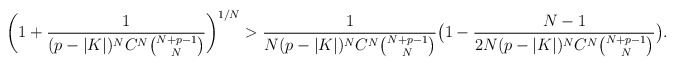
\begin{align*}\bigg(1+ \frac{1}{(p-|K|)^NC^N\binom{N+p-1}{N}}\bigg)^{1/N}>\frac{1}{N(p-|K|)^NC^N\binom{N+p-1}{N}}\big(1-\frac{N-1}{2N (p-|K|)^NC^N\binom{N+p-1}{N}}\big).\end{align*}